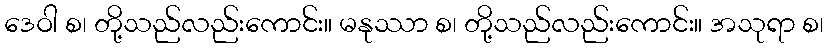
ဒေဝါ စ၊ တို့သည်လည်းကောင်း။ မနုဿာ စ၊ တို့သည်လည်းကောင်း။ အသုရာ စ၊